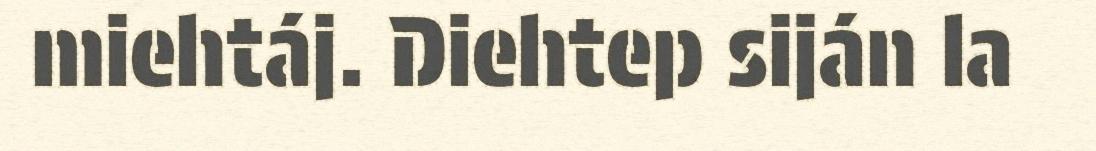
miehtáj. Diehtep siján la